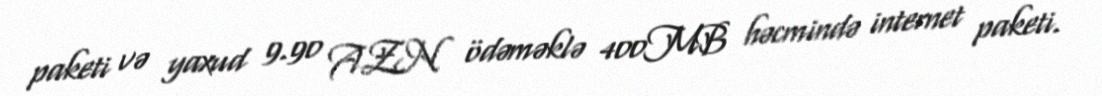
paketi və yaxud 9.90 AZN ödəməklə 400MB həcmində internet paketi.